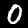
Digit: 0